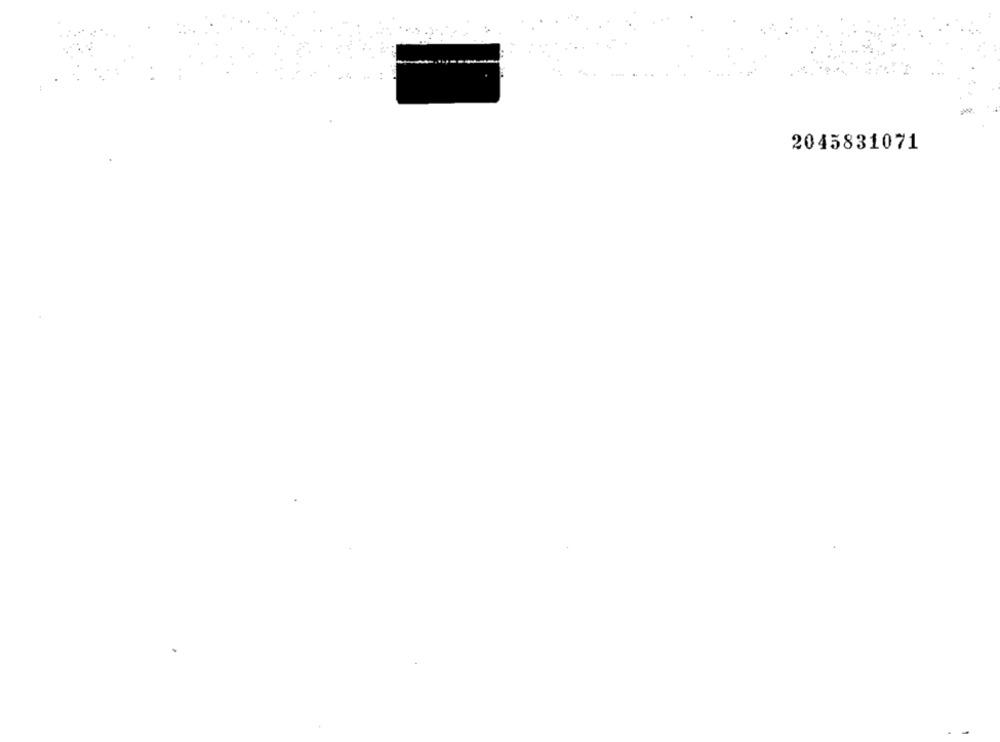
2045831071